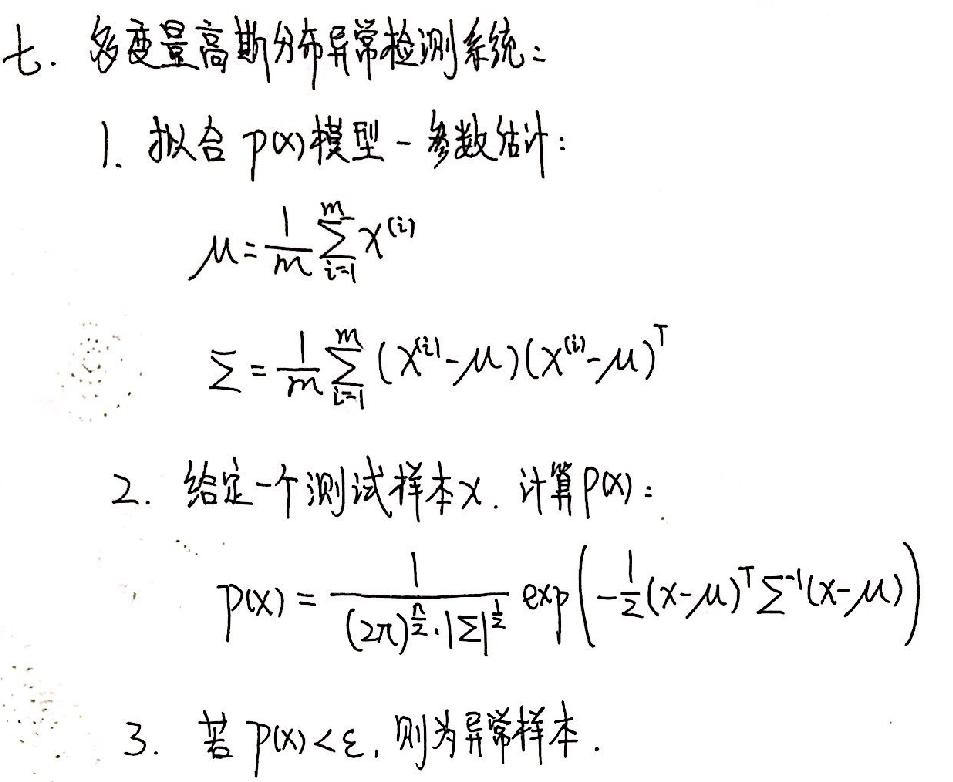
七. 多变量高斯分布异常检测系统：
1. 拟合 \( p(x) \) 模型 - 参数估计：
   \(\mu=\frac{1}{m}\sum_{i = 1}^{m}x^{(i)}\)
   \(\Sigma=\frac{1}{m}\sum_{i = 1}^{m}(x^{(i)}-\mu)(x^{(i)}-\mu)^{T}\)
2. 给定一个测试样本 \( x \)，计算 \( p(x) \)：
   \(p(x)=\frac{1}{(2\pi)^{\frac{n}{2}}|\Sigma|^{\frac{1}{2}}}\exp\left(-\frac{1}{2}(x - \mu)^{T}\Sigma^{-1}(x - \mu)\right)\)
3. 若 \( p(x)<\epsilon \)，则为异常样本.